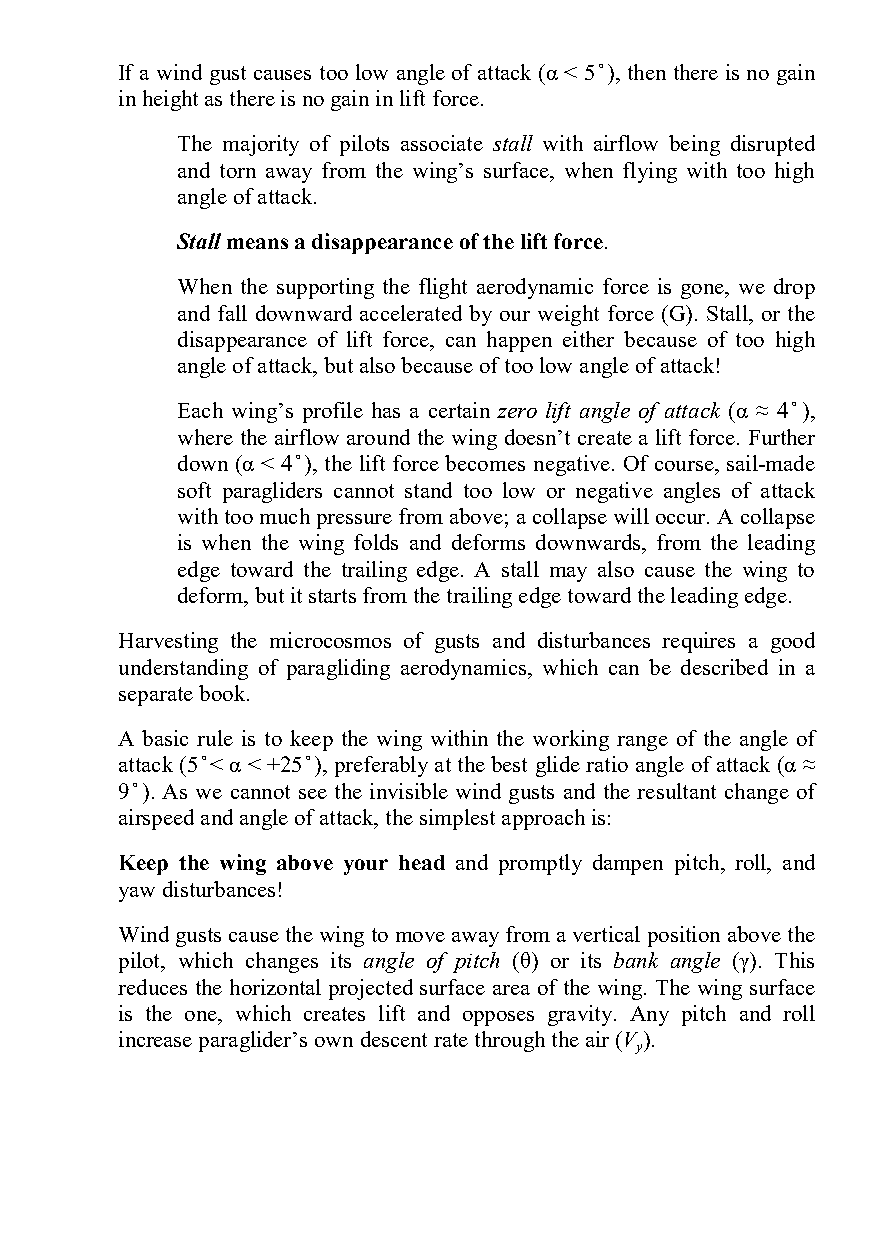
If a wind gust causes too low angle of attack (α < 5 ̊), then there is no gain
 in height as there is no gain in lift force.
 The majority of pilots associate stall with airflow being disrupted
 and torn away from the wing’s surface, when flying with too high
 angle of attack.
 Stall means a disappearance of the lift force.
 When the supporting the flight aerodynamic force is gone, we drop
 and fall downward accelerated by our weight force (G). Stall, or the
 disappearance of lift force, can happen either because of too high
 angle of attack, but also because of too low angle of attack!
 Each wing’s profile has a certain zero lift angle of attack (α ≈ 4 ̊ ),
 where the airflow around the wing doesn’t create a lift force. Further
 down (α < 4 ̊ ), the lift force becomes negative. Of course, sail-made
 soft paragliders cannot stand too low or negative angles of attack
 with too much pressure from above; a collapse will occur. A collapse
 is when the wing folds and deforms downwards, from the leading
 edge toward the trailing edge. A stall may also cause the wing to
 deform, but it starts from the trailing edge toward the leading edge.
 Harvesting the microcosmos of gusts and disturbances requires a good
 understanding of paragliding aerodynamics, which can be described in a
 separate book.
 A basic rule is to keep the wing within the working range of the angle of
 attack (5 ̊ < α < +25 ̊ ), preferably at the best glide ratio angle of attack (α ≈
 9 ̊ ). As we cannot see the invisible wind gusts and the resultant change of
 airspeed and angle of attack, the simplest approach is:
 Keep the wing above your head and promptly dampen pitch, roll, and
 yaw disturbances!
 Wind gusts cause the wing to move away from a vertical position above the
 pilot, which changes its angle of pitch (θ) or its bank angle (γ). This
 reduces the horizontal projected surface area of the wing. The wing surface
 is the one, which creates lift and opposes gravity. Any pitch and roll
 increase paraglider’s own descent rate through the air (V ).
 y